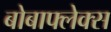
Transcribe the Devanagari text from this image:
बोबाफ्लेक्स